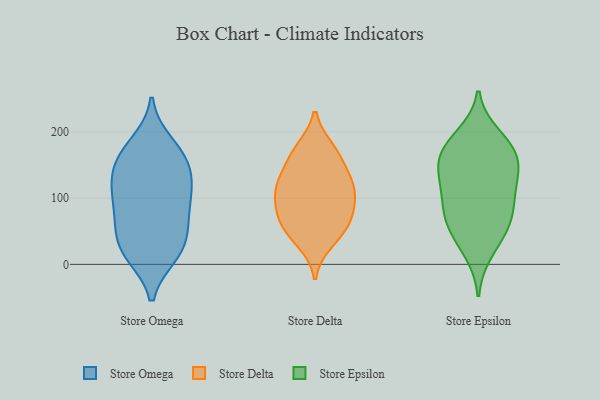
{"axis": {"x": "Waste Production (Tons)", "y": "Value"}, "legend": ["Store Delta", "Store Epsilon", "Store Omega"], "data": [{"x": "", "y": 149, "type": "Store Omega"}, {"x": "", "y": 182, "type": "Store Omega"}, {"x": "", "y": 15, "type": "Store Omega"}, {"x": "", "y": 28, "type": "Store Omega"}, {"x": "", "y": 68, "type": "Store Omega"}, {"x": "", "y": 114, "type": "Store Omega"}, {"x": "", "y": 115, "type": "Store Omega"}, {"x": "", "y": 145, "type": "Store Omega"}, {"x": "", "y": 62, "type": "Store Omega"}, {"x": "", "y": 99, "type": "Store Omega"}, {"x": "", "y": 112, "type": "Store Omega"}, {"x": "", "y": 65, "type": "Store Omega"}, {"x": "", "y": 166, "type": "Store Omega"}, {"x": "", "y": 18, "type": "Store Omega"}, {"x": "", "y": 165, "type": "Store Omega"}, {"x": "", "y": 22, "type": "Store Omega"}, {"x": "", "y": 120, "type": "Store Delta"}, {"x": "", "y": 159, "type": "Store Delta"}, {"x": "", "y": 124, "type": "Store Delta"}, {"x": "", "y": 170, "type": "Store Delta"}, {"x": "", "y": 60, "type": "Store Delta"}, {"x": "", "y": 108, "type": "Store Delta"}, {"x": "", "y": 129, "type": "Store Delta"}, {"x": "", "y": 47, "type": "Store Delta"}, {"x": "", "y": 66, "type": "Store Delta"}, {"x": "", "y": 174, "type": "Store Delta"}, {"x": "", "y": 105, "type": "Store Delta"}, {"x": "", "y": 34, "type": "Store Delta"}, {"x": "", "y": 87, "type": "Store Delta"}, {"x": "", "y": 75, "type": "Store Delta"}, {"x": "", "y": 102, "type": "Store Epsilon"}, {"x": "", "y": 45, "type": "Store Epsilon"}, {"x": "", "y": 153, "type": "Store Epsilon"}, {"x": "", "y": 194, "type": "Store Epsilon"}, {"x": "", "y": 169, "type": "Store Epsilon"}, {"x": "", "y": 138, "type": "Store Epsilon"}, {"x": "", "y": 138, "type": "Store Epsilon"}, {"x": "", "y": 175, "type": "Store Epsilon"}, {"x": "", "y": 19, "type": "Store Epsilon"}, {"x": "", "y": 59, "type": "Store Epsilon"}, {"x": "", "y": 84, "type": "Store Epsilon"}, {"x": "", "y": 127, "type": "Store Epsilon"}, {"x": "", "y": 90, "type": "Store Epsilon"}, {"x": "", "y": 179, "type": "Store Epsilon"}, {"x": "", "y": 63, "type": "Store Epsilon"}]}